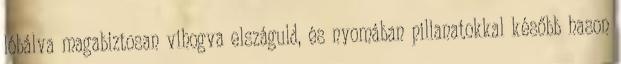
lóbálva magabiztosan vihogva elszáguld, és nyomában pillanatokkal később hason